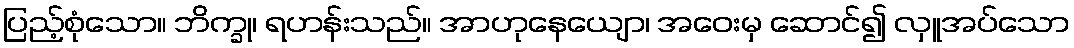
ပြည့်စုံသော။ ဘိက္ခု၊ ရဟန်းသည်။ အာဟုနေယျော၊ အဝေးမှ ဆောင်၍ လှူအပ်သော